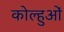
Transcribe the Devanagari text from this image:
कोल्हुओं